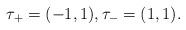
LaTeX: \begin{align*}\tau_+=(-1, 1),\tau_-=(1, 1).\end{align*}